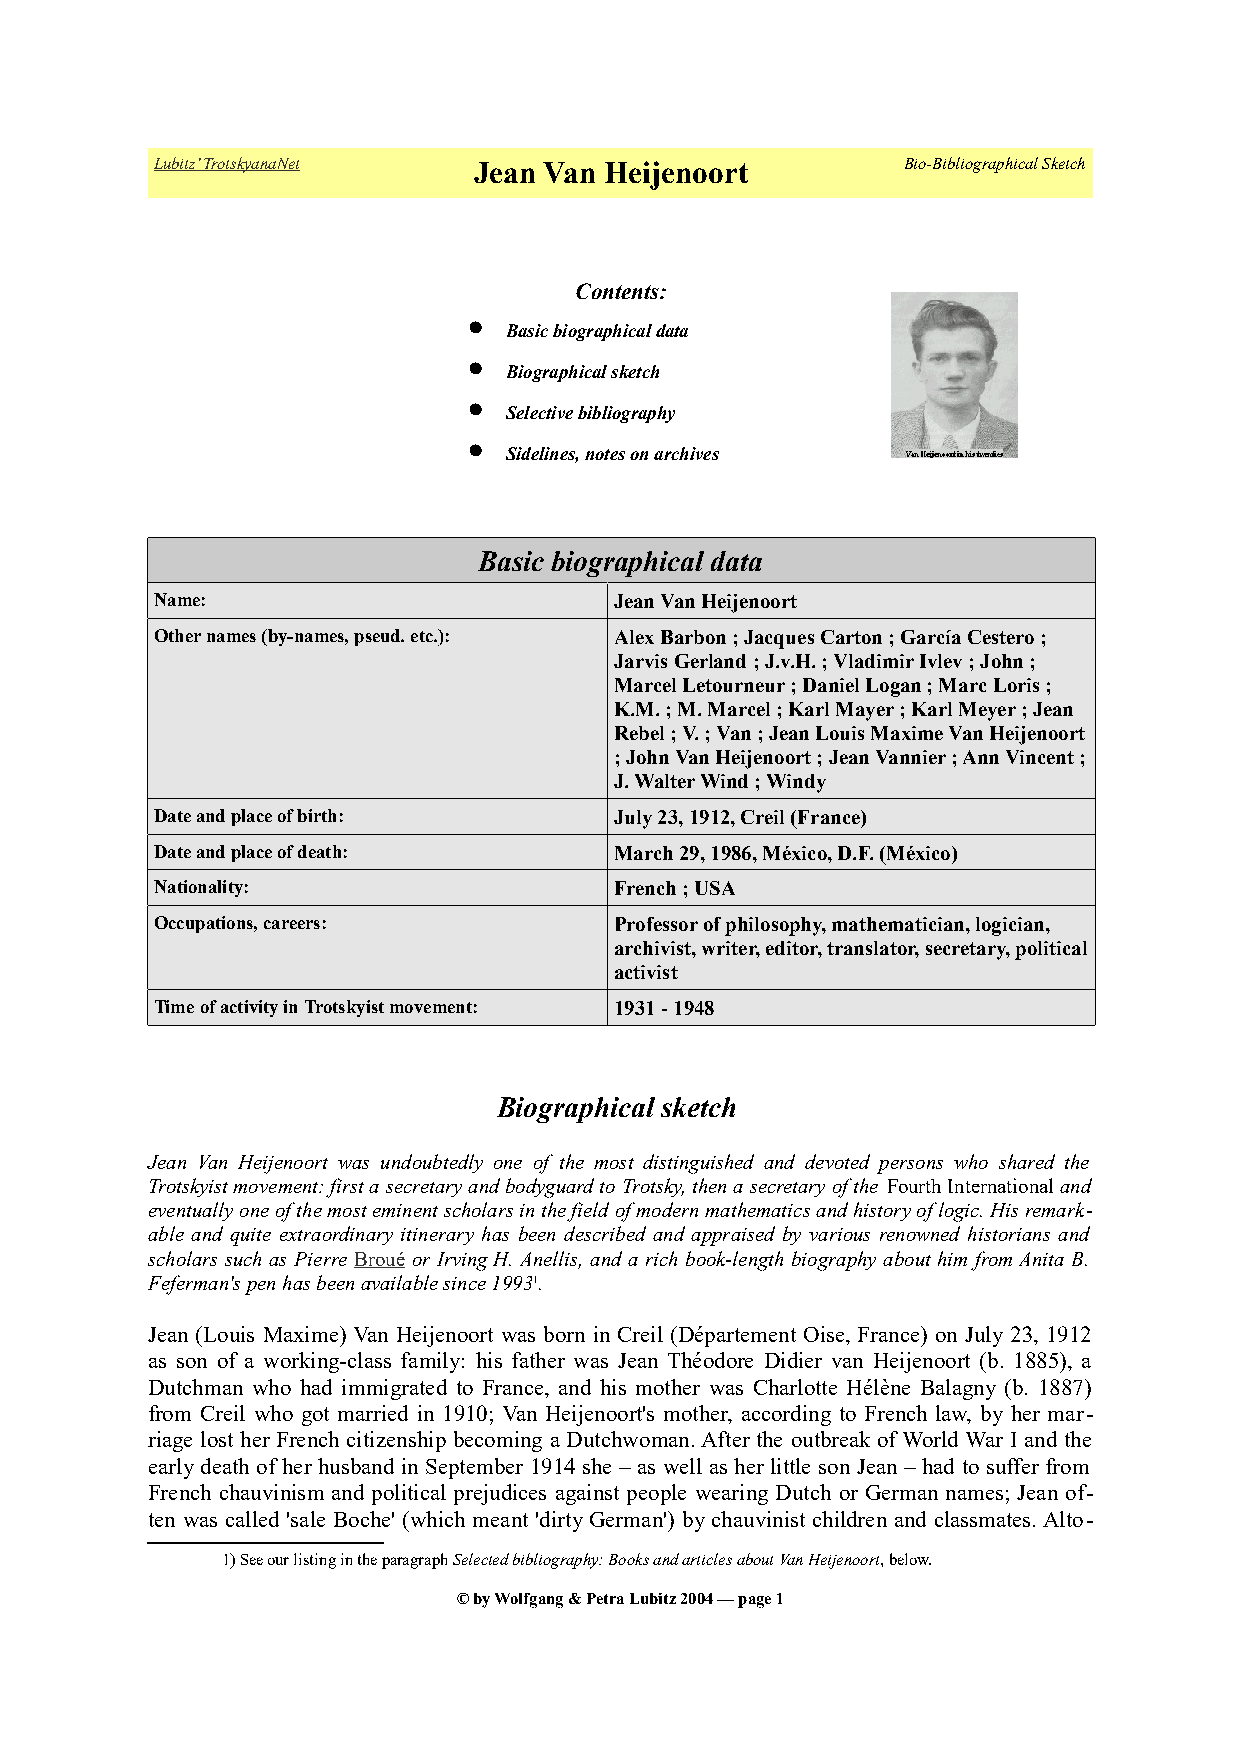
Lubitz’ TrotskyanaNet Jean Van Heijenoort         Bio-Bibliographical Sketch
 Contents:
 
 Basic biographical data
 
 Biographical sketch
 
 Selective bibliography
 
 Sidelines, notes on archives
 Basic biographical data
 Name:                          Jean Van Heijenoort
 Other names (by-names, pseud. etc.): Alex Barbon ; Jacques Carton ; García Cestero ;
 Jarvis Gerland ; J.v.H. ; Vladimir Ivlev ; John ;
 Marcel Letourneur ; Daniel Logan ; Marc Loris ;
 K.M. ; M. Marcel ; Karl Mayer ; Karl Meyer ; Jean
 Rebel ; V. ; Van ; Jean Louis Maxime Van Heijenoort
 ; John Van Heijenoort ; Jean Vannier ; Ann Vincent ;
 J. Walter Wind ; Windy
 Date and place of birth:       July 23, 1912, Creil (France)
 Date and place of death:       March 29, 1986, México, D.F. (México)
 Nationality:                   French ; USA
 Occupations, careers:          Professor of philosophy, mathematician, logician,
 archivist, writer, editor, translator, secretary, political
 activist
 Time of activity in Trotskyist movement: 1931 - 1948
 Biographical sketch
 Jean Van Heijenoort was undoubtedly one of the most distinguished and devoted persons who shared the
 Trotskyist movement: first a secretary and bodyguard to Trotsky, then a secretary of the Fourth International and
 eventually one of the most eminent scholars in the field of modern mathematics and history of logic. His remark-
 able and quite extraordinary itinerary has been described and appraised by various renowned historians and
 scholars such as Pierre Broué or Irving H. Anellis, and a rich book-length biography about him from Anita B.
 Feferman's pen has been available since 19931.
 Jean (Louis Maxime) Van Heijenoort was born in Creil (Département Oise, France) on July 23, 1912
 as son of a working-class family: his father was Jean Théodore Didier van Heijenoort (b. 1885), a
 Dutchman who had immigrated to France, and his mother was Charlotte Hélène Balagny (b. 1887)
 from Creil who got married in 1910; Van Heijenoort's mother, according to French law, by her mar-
 riage lost her French citizenship becoming a Dutchwoman. After the outbreak of World War I and the
 early death of her husband in September 1914 she – as well as her little son Jean – had to suffer from
 French chauvinism and political prejudices against people wearing Dutch or German names; Jean of-
 ten was called 'sale Boche' (which meant 'dirty German') by chauvinist children and classmates. Alto-
 1) See our listing in the paragraph Selected bibliography: Books and articles about Van Heijenoort, below.
 © by Wolfgang & Petra Lubitz 2004 — page 1